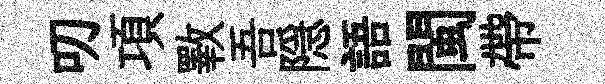
叨項斁吾隠語閩帶